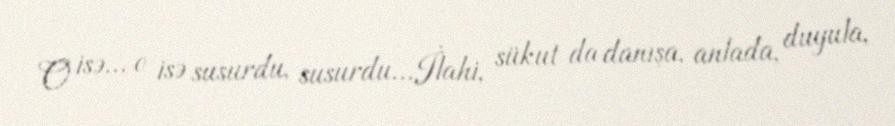
O isə... o isə susurdu, susurdu...İlahi, sükut da danışa, anlada, duyula,